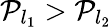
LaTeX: \mathcal{P}_{l_{1}}>\mathcal{P}_{l_{2}}